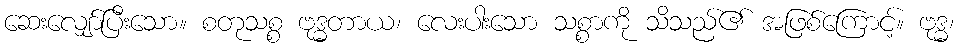
ဆေးလျှော်ပြီးသော။ စတုသစ္စ ဗုဒ္ဓတာယ၊ လေးပါးသော သစ္စာကို သိသည်၏ အဖြစ်ကြောင့်။ ဗုဒ္ဓ၊